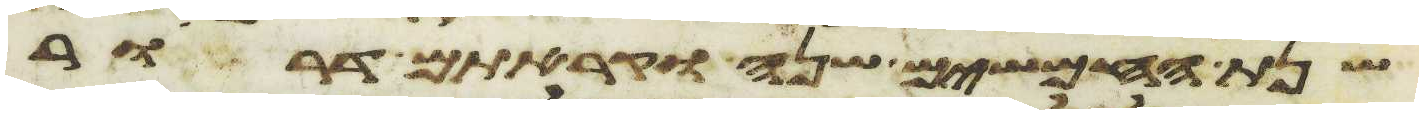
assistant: שנת החמשים שנה וקראתם דרור